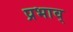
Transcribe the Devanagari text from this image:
प्रभाव्